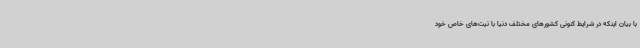
با بیان اینکه در شرایط کنونی کشورهای مختلف دنیا با نیت‌های خاص خود